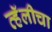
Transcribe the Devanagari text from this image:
व्हॅलीचा